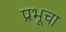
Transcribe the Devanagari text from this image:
प्रभूचा